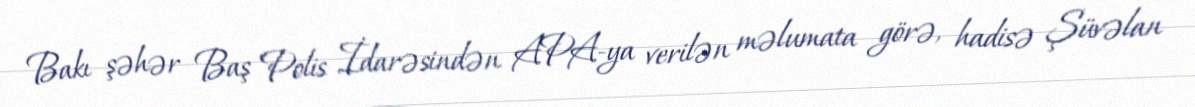
Bakı şəhər Baş Polis İdarəsindən APA-ya verilən məlumata görə, hadisə Şüvəlan